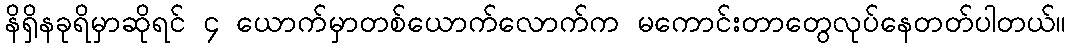
နိရှိနခုရိမှာဆိုရင် ၄ ယောက်မှာတစ်ယောက်လောက်က မကောင်းတာတွေလုပ်နေတတ်ပါတယ်။